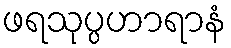
ဖရသုပ္ပဟာရာနံ